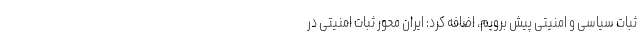
ثبات سیاسی و امنیتی پیش برویم، اضافه کرد: ایران محور ثبات امنیتی در